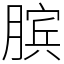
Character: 膑